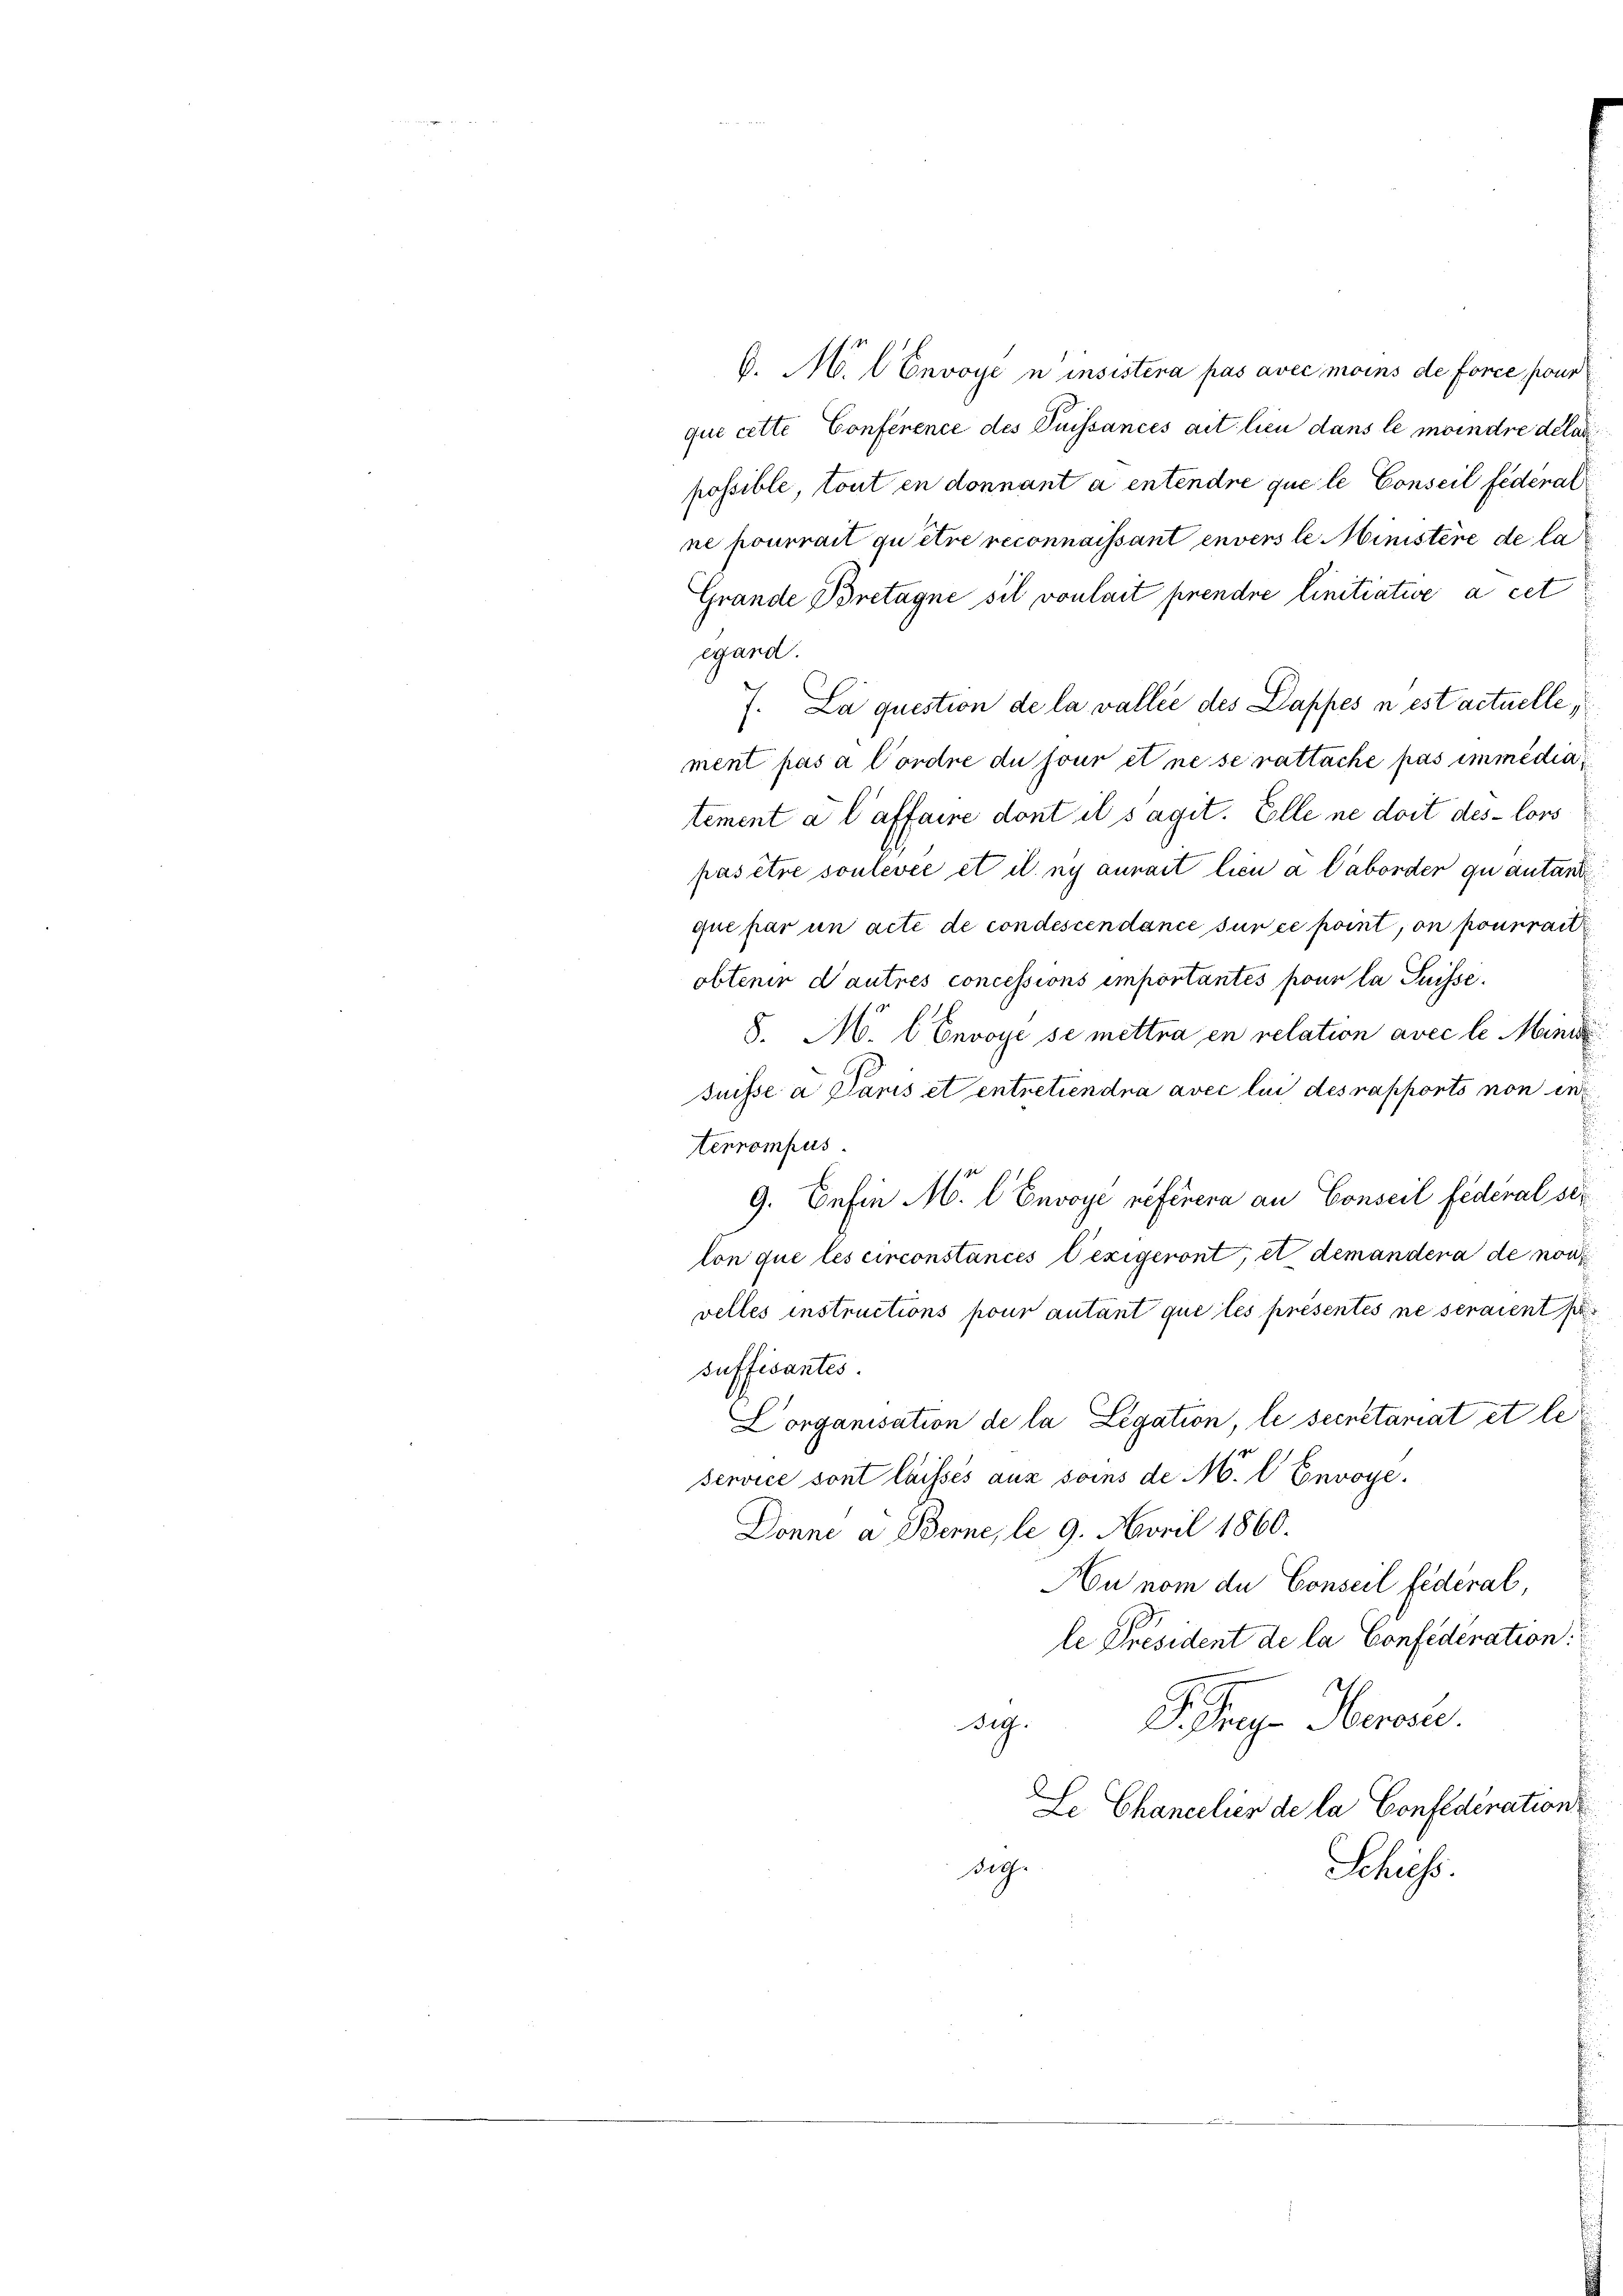
C. M. l Envoye u insistera pas avec moins de force pour
que cette Conference des Duissances ait lieu dans le moindre delas
possible, tout en donnant a entendre que le Conseil federal
ne pourrait quitre reconnaissant envers le Ministere de la
Grande Bretagne sil vonlait prendre linitiative à cet
egand.
7. La question de la vallee des Dappes in est actuelle,
ment pas à Cordre du jour et ne se rattache pas immédia
tement a l’affaire dont il s’agit. Elle ne doit des lors
pas être soulevée et il ny aurait lieu à laborder quantant
que par un acte de condescendance sur ce point, on pourrait
obtenir d’autres concessions emportantes pour la Suisse.
8. M. l Envoye se mettra en relation avec le Mani
Suisse a Paris et entretiendra avec lui des rapporto non en
terrompus.
9. Befin M. l. Envoyé neférera an Conseil fédéral sei
lon que les circonstances l’exigeront, et demandera de noch
velles instructions pour autant que les présentes ne seraient
f
suffisantes.
Dorganisation de la Legation, le secretariat et le
Service sont laissés aus soins de M. l Envoye
Donne a Berne, le 9. April 1860.
Au nom du Conseil federal,
le Président de la Confederation.
J. Trage Herose.
dig.
Le Chancelier de la Confederation
dg.
Schies.